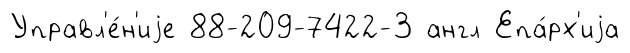
Управл'е́н'иjе 88-209-7422-3 англ Епа́рх'иjа